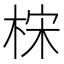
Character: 𰗮